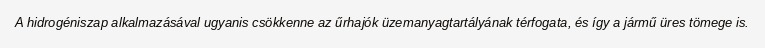
A hidrogéniszap alkalmazásával ugyanis csökkenne az űrhajók üzemanyagtartályának térfogata, és így a jármű üres tömege is.